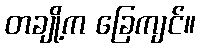
တချို့က ခြေကျင်။